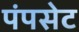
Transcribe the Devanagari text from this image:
पंपसेट